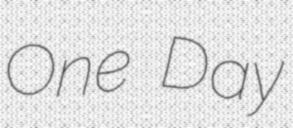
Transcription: One Day